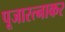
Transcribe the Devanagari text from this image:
पूजारत्नाकर